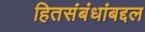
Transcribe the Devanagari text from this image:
हितसंबंधांबद्दल